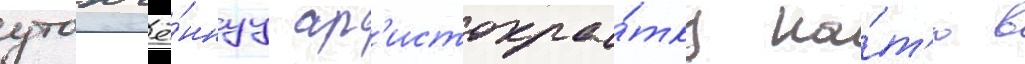
утончё́ннуу ар'истокра́тку ка́т'ю в